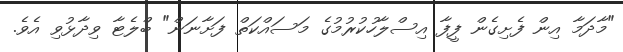
"މާދަމާ އިން ފެށިގެން ފީފާ އިސްލާހުކުރުމުގެ މަސައްކަތް ފަށާނަން" ބްލެޓާ ވިދާޅުވި އެވެ.